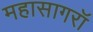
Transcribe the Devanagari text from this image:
महासागरॉ